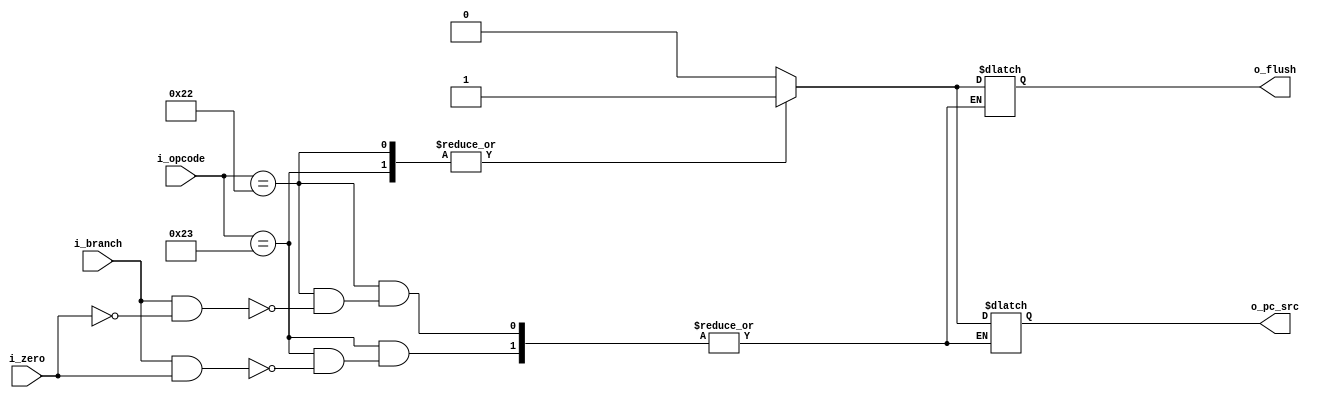
`timescale 1ns / 1ps

module branch_logic
(
    input  wire       i_branch,
    input  wire       i_zero,
    input  wire [5:0] i_opcode,
    output reg        o_pc_src,
    output reg        o_flush   
);

always@(*)begin:decide
    case(i_opcode)    
    6'b100011://beq
    begin
        if(i_branch && i_zero)
        begin
            o_pc_src = 1'b1;
            o_flush  = 1'b1;
        end
    end
    
    6'b100010://bne
    begin
        if(i_branch && ~i_zero)
        begin
            o_pc_src = 1'b1;
            o_flush  = 1'b1;
        end
    end
    
    default:
    begin
        o_pc_src = 1'b0;
        o_flush  = 1'b0;
    end    
    endcase
end
endmodule